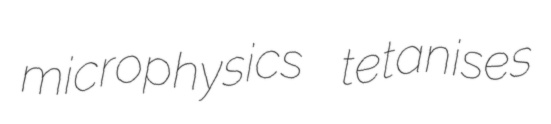
microphysics tetanises